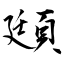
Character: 頲